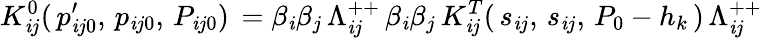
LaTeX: K_{\mathit{i}j}^{0}(\, p_{\mathit{i}j0}^{\prime},\, p_{\mathit{i}j0},\, P_{\mathit{i}j0})\, =\beta_{\mathit{i}}\beta_{j}\, \Lambda_{\mathit{i}j}^{++}\, \beta_{\mathit{i}}\beta_{j}\, K_{\mathit{i}j}^{T}(\, s_{\mathit{i}j},\, s_{\mathit{i}j},\, P_{0}-h_{k}\, )\, \Lambda_{\mathit{i}j}^{++}